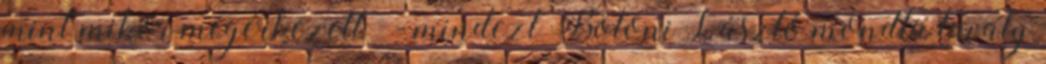
mint mikor megérkezett” - mindezt Bölöni László mondta tavaly